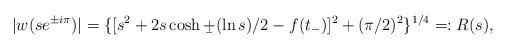
LaTeX: \begin{align*} |w(se^{\pm i\pi})|=\{[s^2+2s\cosh \b +(\ln s)/2-f(t_-)]^2+(\pi/2)^2\}^{1/4}=:R(s),\end{align*}